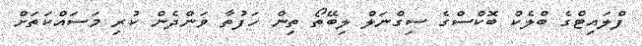
ފްލައިޓްގެ ބްލެކް ބޮކްސްގެ ސިގްނަލް ލިބޭތޯ ތިން ހަފުތާ ވަންދެން ކުރި މަސައްކަތަށް